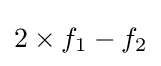
2\times f_{1}-f_{2}